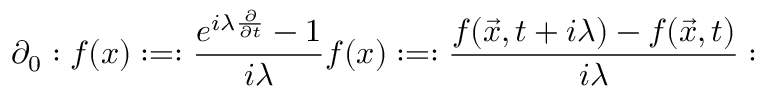
\partial _ { 0 } : f ( x ) : = : \frac { e ^ { i \lambda { \frac { \partial } { \partial t } } } - 1 } { i \lambda } f ( x ) : = : \frac { f ( \vec { x } , t + i \lambda ) - f ( \vec { x } , t ) } { i \lambda } :